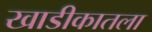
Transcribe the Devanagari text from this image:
खाडीकातला